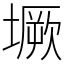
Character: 㙭